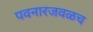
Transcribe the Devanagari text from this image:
पवनारजवळच